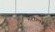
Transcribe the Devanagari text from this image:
गैरोला